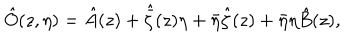
LaTeX: \hat { O } ( z , \eta ) = \hat { A } ( z ) + \hat { \bar { \zeta } } ( z ) \eta + \bar { \eta } \hat { \zeta } ( z ) + \bar { \eta } \eta \hat { B } ( z ) ,